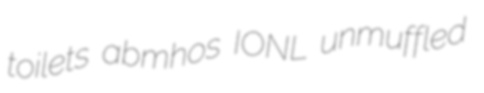
toilets abmhos IONL unmuffled